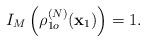
LaTeX: \begin{align*}I_{M}\left( \rho _{1o}^{(N)}(\mathbf{x}_{1})\right) =1. \end{align*}